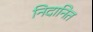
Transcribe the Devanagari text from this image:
निदानित